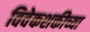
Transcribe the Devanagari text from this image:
विवेकशक्तीच्या